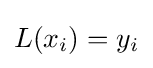
L(x_{i})=y_{i}